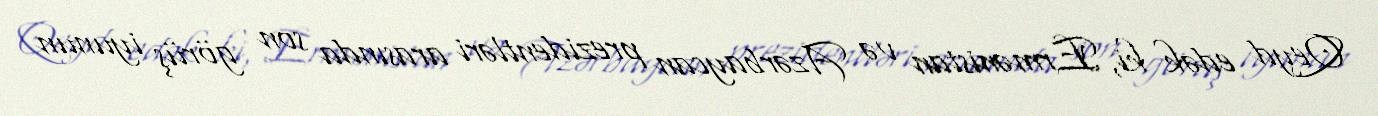
Qeyd edək ki, Ermənistan və Azərbaycan prezidentləri arasında son görüş iyunun